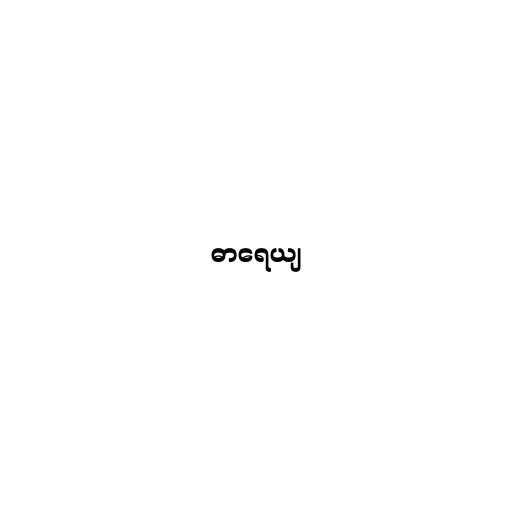
ဓာရေယျ